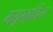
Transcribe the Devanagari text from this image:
मयूखादित्य